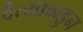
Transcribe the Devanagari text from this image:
दैत्याकडुन